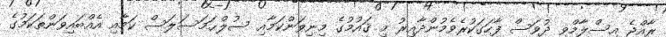
ރާއްޖެ އިސްލާމްވި ދުވަސް ފާހަގަކުރެވެމުންދާއިރު މި ޤައުމުގެ މިނިވަންކަމާއި ސުލްޙަމަސަލަސް ކަމާއި އެއްބައިވަންތަކަމުގެ